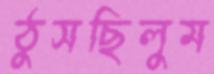
ঠুসছিলুম